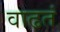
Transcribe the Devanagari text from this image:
वाढतं